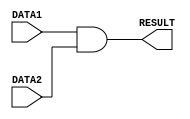
/*
    * CO224 - Computer Architecture
    * Lab 05 - Part 5
    * and unit
    * Group 09 (E/20/148, E/20/157)
    * 2024-05-15
    * Version 1.0
*/

`timescale 1ns/100ps

// ALU and unit is used to do and operation in the ALU
module myAND(DATA1, DATA2, RESULT);
    // Input-output Declaration
    input [7:0] DATA1, DATA2;
    output [7:0] RESULT;

    // Result
    assign #1 RESULT = DATA1 & DATA2;
endmodule